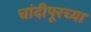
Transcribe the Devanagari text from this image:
चांदीपूरच्या